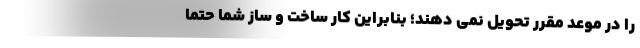
را در موعد مقرر تحویل نمی دهند؛ بنابراین کار ساخت و ساز شما حتماً